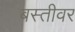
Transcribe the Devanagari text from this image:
बस्तीवर